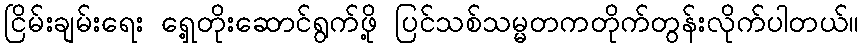
ငြိမ်းချမ်းရေး ရှေ့တိုးဆောင်ရွက်ဖို့ ပြင်သစ်သမ္မတကတိုက်တွန်းလိုက်ပါတယ်။